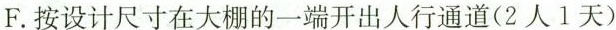
F.按设计尺寸在大棚的一端开出人行通道(2人1天)